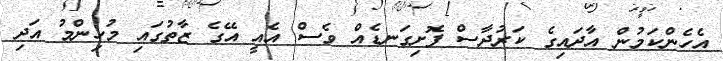
އެހެންކަމުން އާދައިގެ ކަރުދާސް ފޮށިގަނޑެއް ވެސް އެއީ އޭގެ ޒާތުގައި މުހިންމު އަދި